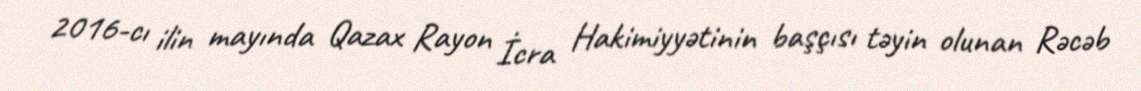
2016-cı ilin mayında Qazax Rayon İcra Hakimiyyətinin başçısı təyin olunan Rəcəb